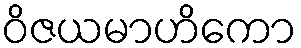
ဝိဇယမာဟိကော